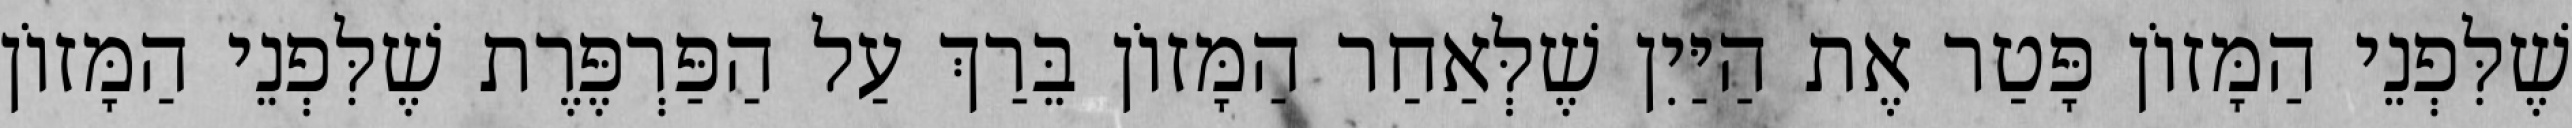
שֶׁלִּפְנֵי הַמָּזוֹן פָּטַר אֶת הַיַּיִן שֶׁלְּאַחַר הַמָּזוֹן בֵּרַךְ עַל הַפַּרְפֶּרֶת שֶׁלִּפְנֵי הַמָּזוֹן